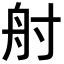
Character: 𡬫